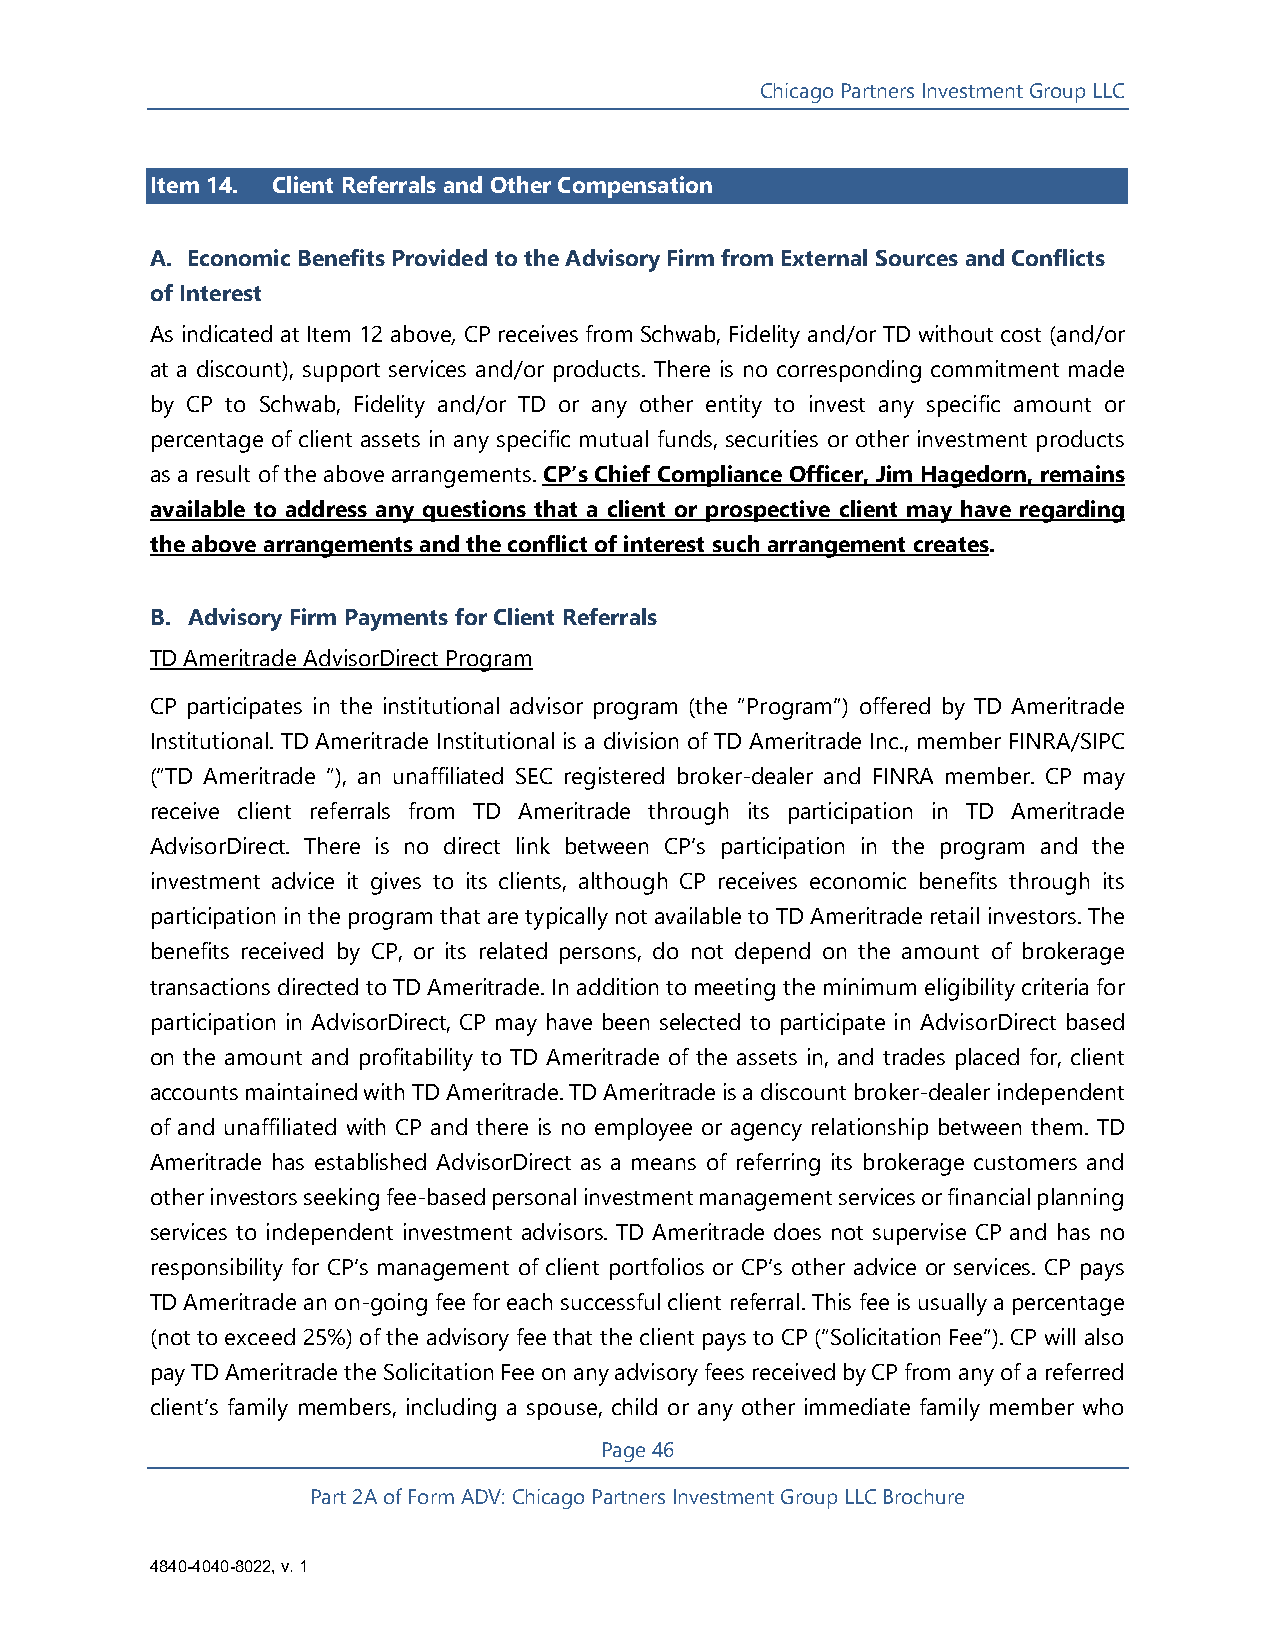
Chicago Partners Investment Group LLC
 Item 14. Client Referrals and Other Compensation
 A. Economic Benefits Provided to the Advisory Firm from External Sources and Conflicts
 of Interest
 As indicated at Item 12 above, CP receives from Schwab, Fidelity and/or TD without cost (and/or
 at a discount), support services and/or products. There is no corresponding commitment made
 by CP to Schwab, Fidelity and/or TD or any other entity to invest any specific amount or
 percentage of client assets in any specific mutual funds, securities or other investment products
 as a result of the above arrangements. CP’s Chief Compliance Officer, Jim Hagedorn, remains
 available to address any questions that a client or prospective client may have regarding
 the above arrangements and the conflict of interest such arrangement creates.
 B. Advisory Firm Payments for Client Referrals
 TD Ameritrade AdvisorDirect Program
 CP participates in the institutional advisor program (the “Program”) offered by TD Ameritrade
 Institutional. TD Ameritrade Institutional is a division of TD Ameritrade Inc., member FINRA/SIPC
 (“TD Ameritrade “), an unaffiliated SEC registered broker-dealer and FINRA member. CP may
 receive client referrals from TD Ameritrade through its participation in TD Ameritrade
 AdvisorDirect. There is no direct link between CP’s participation in the program and the
 investment advice it gives to its clients, although CP receives economic benefits through its
 participation in the program that are typically not available to TD Ameritrade retail investors. The
 benefits received by CP, or its related persons, do not depend on the amount of brokerage
 transactions directed to TD Ameritrade. In addition to meeting the minimum eligibility criteria for
 participation in AdvisorDirect, CP may have been selected to participate in AdvisorDirect based
 on the amount and profitability to TD Ameritrade of the assets in, and trades placed for, client
 accounts maintained with TD Ameritrade. TD Ameritrade is a discount broker-dealer independent
 of and unaffiliated with CP and there is no employee or agency relationship between them. TD
 Ameritrade has established AdvisorDirect as a means of referring its brokerage customers and
 other investors seeking fee-based personal investment management services or financial planning
 services to independent investment advisors. TD Ameritrade does not supervise CP and has no
 responsibility for CP’s management of client portfolios or CP’s other advice or services. CP pays
 TD Ameritrade an on-going fee for each successful client referral. This fee is usually a percentage
 (not to exceed 25%) of the advisory fee that the client pays to CP (“Solicitation Fee”). CP will also
 pay TD Ameritrade the Solicitation Fee on any advisory fees received by CP from any of a referred
 client’s family members, including a spouse, child or any other immediate family member who
 Page 46
 Part 2A of Form ADV: Chicago Partners Investment Group LLC Brochure
 4840-4040-8022, v. 1